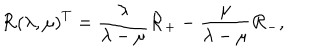
LaTeX: { \cal R } \left( \lambda , \mu \right) ^ { T } = \frac \lambda { \lambda - \mu } { \cal R } _ { + } - \frac \mu { \lambda - \mu } { \cal R } _ { - } ,